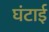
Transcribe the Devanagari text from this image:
घंटाई